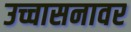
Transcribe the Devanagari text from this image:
उच्चासनावर